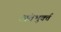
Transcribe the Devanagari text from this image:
अंतभुर्क्त